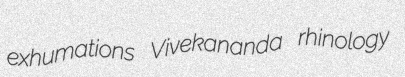
exhumations Vivekananda rhinology